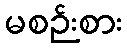
မစဉ်းစား